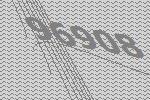
96908